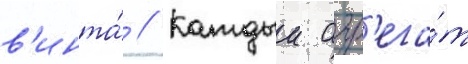
в'инта́ // Каждыи агр'ега́т